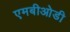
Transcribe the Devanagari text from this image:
एमबीओडी